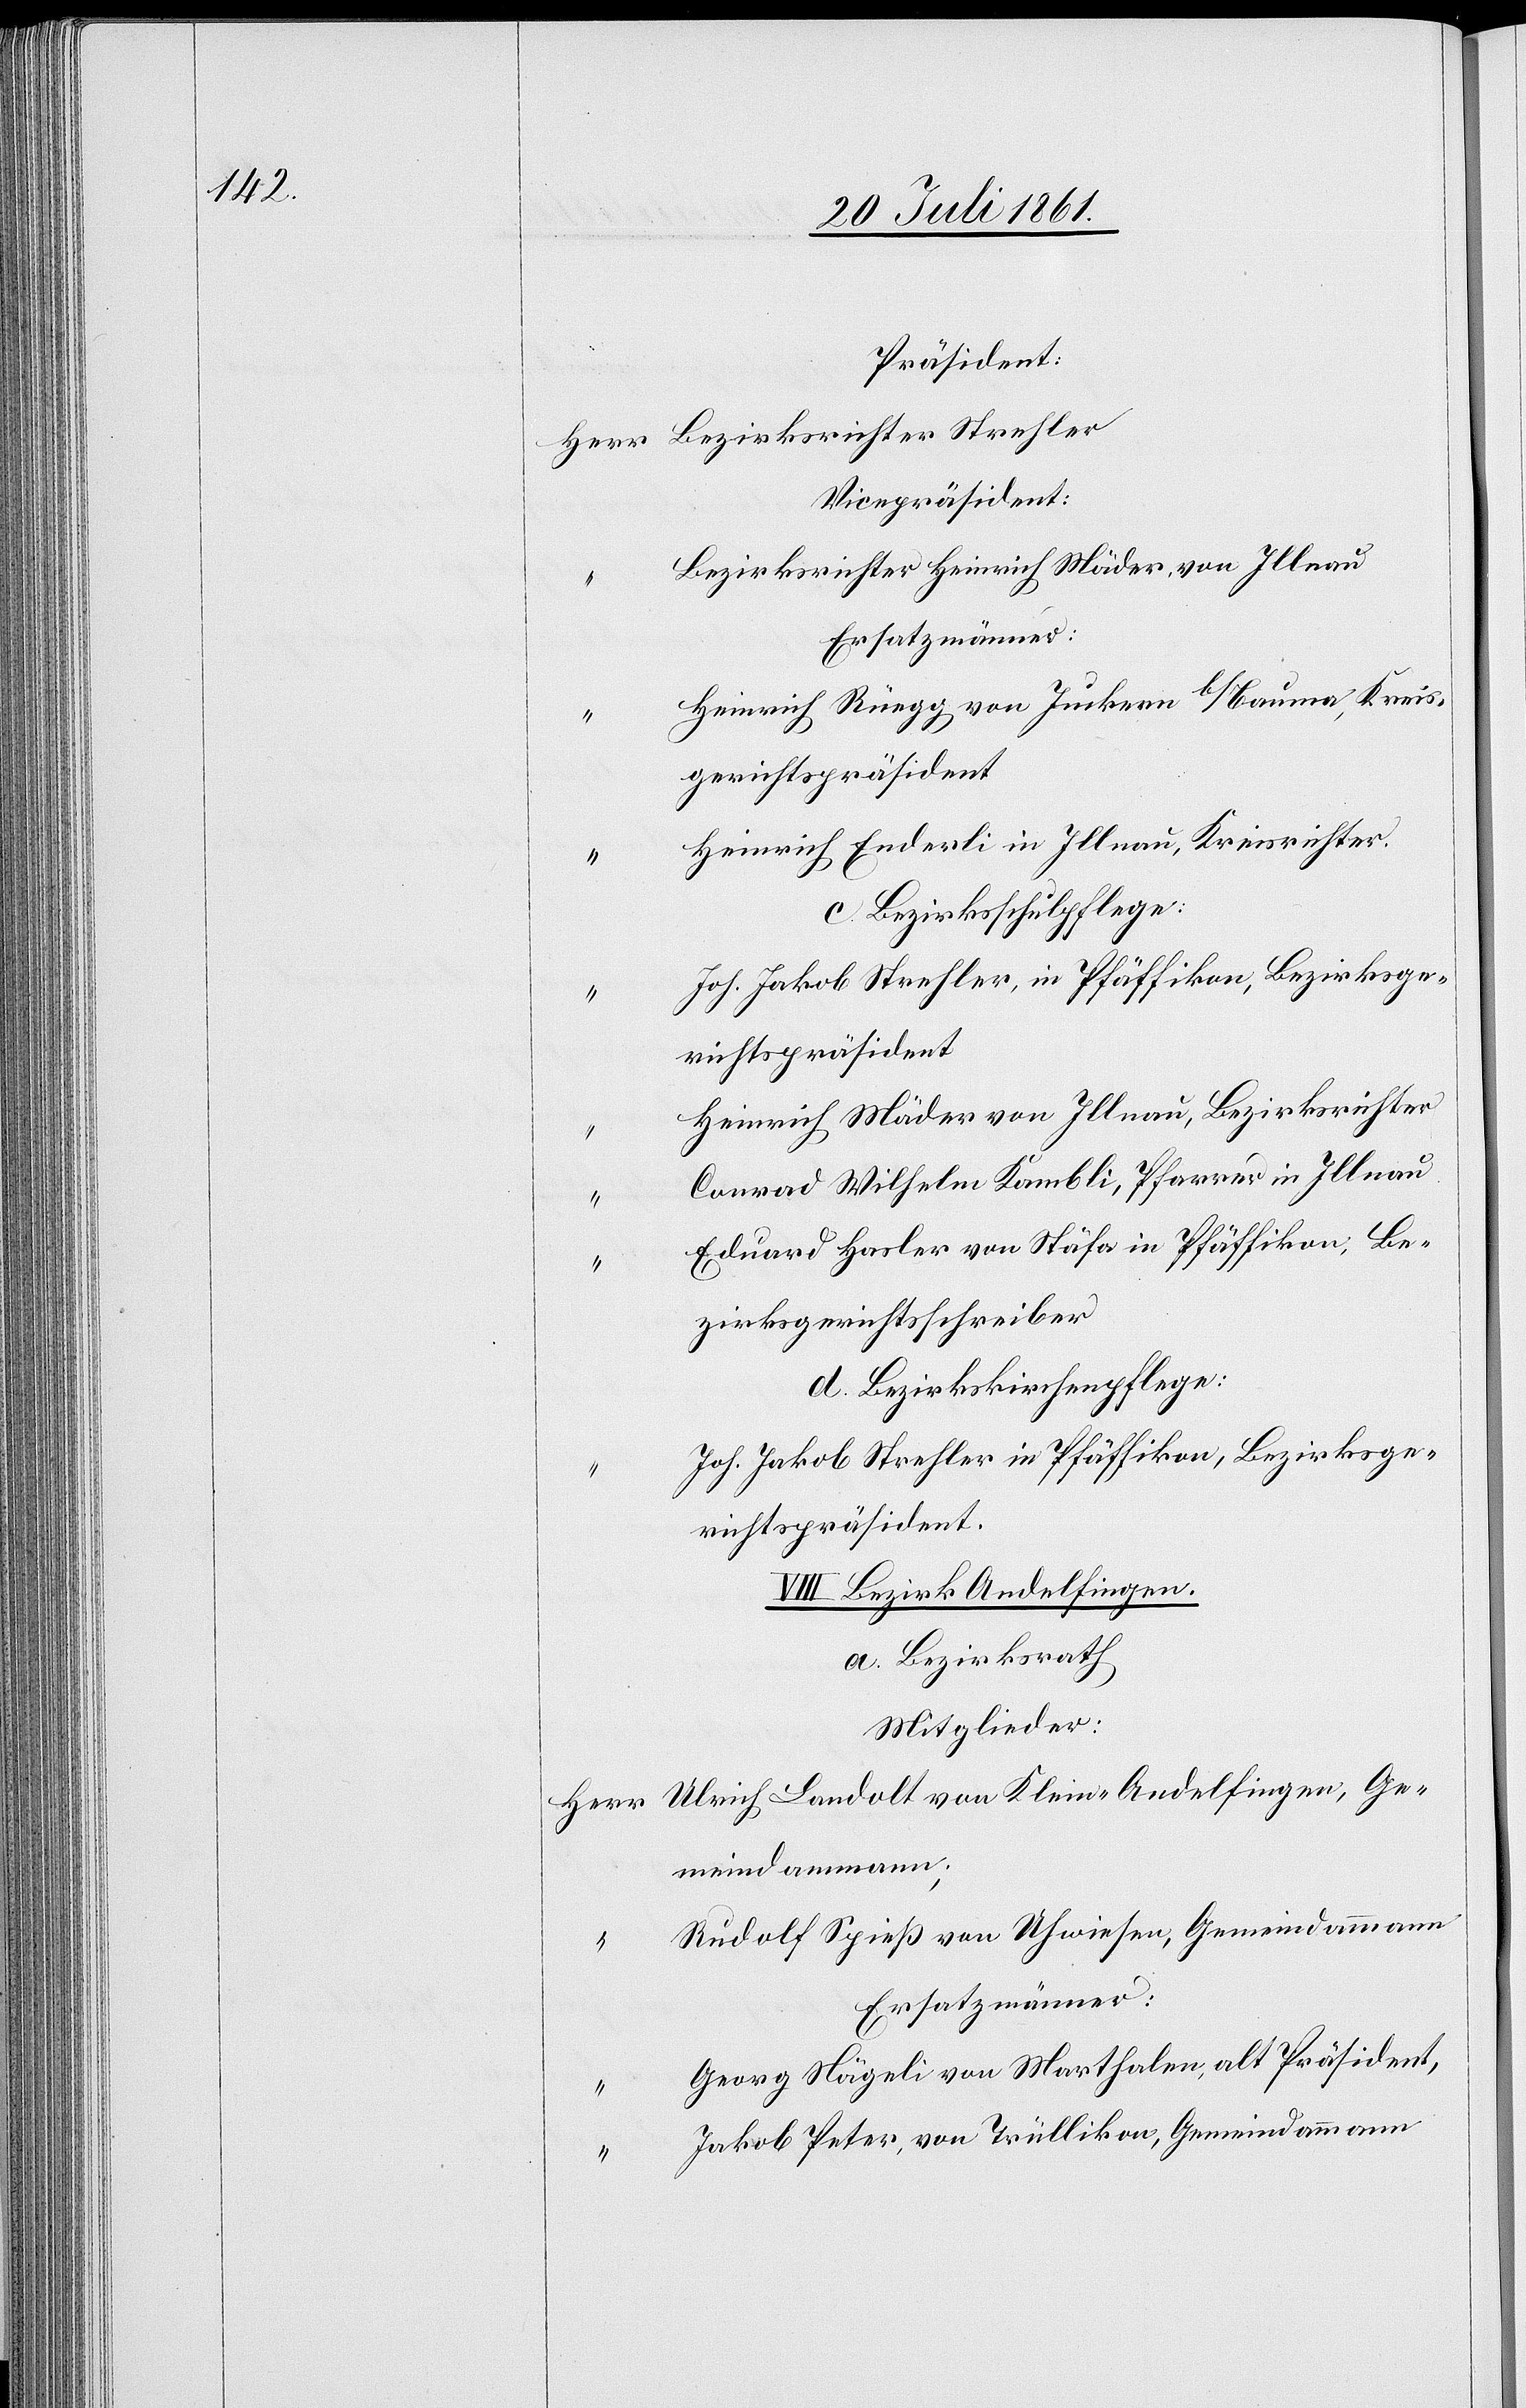
Präsident.
Herr Bezirksrichter Strehler
Vicepräsident:
Bezirksrichter Heinrich Mäder, von Illnau
Heinrich Rüegg von Junkern b/Bauma, Kreis¬
gerichtspräsident
Heinrich Enderli in Illnau, Kreisrichter.
c. Bezirksschulpflege:
Joh. Jakob Strehler, in Pfäffikon, Bezirksge¬
richtspräsident
Heinrich Mäder von Illnau, Bezirksrichter
Conrad Wilhelm Kambli, Pfarrer in Illnau
Eduard Hasler von Stäfa in Pfäffikon, Be¬
zirksgerichtsschreiber
d. Bezirkskirchenpflege:
Joh. Jakob Strehler in Pfäffikon, Bezirksge¬
richtspräsident.
VIII. Bezirk Andelfingen.
a. Bezirksrath
Mitglieder:
Herr Ulrich Landolt von Klein-Andelfingen, Ge¬
meindammann;
“	 Rudolf Sprieß von Uhwiesen, Gemeindammann
Ersatzmänner:
Georg Nägeli von Marthalen, alt Präsident,
Jakob Peter, von Trüllikon, Gemeindammann